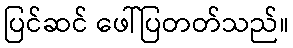
ပြင်ဆင် ဖေါ်ပြတတ်သည်။